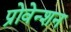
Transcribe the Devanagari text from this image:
प्रोवेन्शन